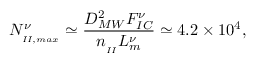
N _ { _ { I I , m a x } } ^ { \nu } \simeq \frac { D _ { M W } ^ { 2 } F _ { I C } ^ { \nu } } { n _ { _ { I I } } L _ { m } ^ { \nu } } \simeq 4 . 2 \times 1 0 ^ { 4 } ,